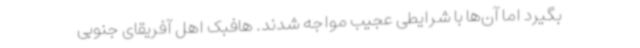
بگیرد اما آن‌ها با شرایطی عجیب مواجه شدند. هافبک اهل آفریقای جنوبی